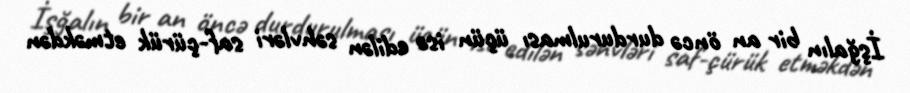
İşğalın bir an öncə durdurulması üçün isə edilən səhvləri saf-çürük etməkdən